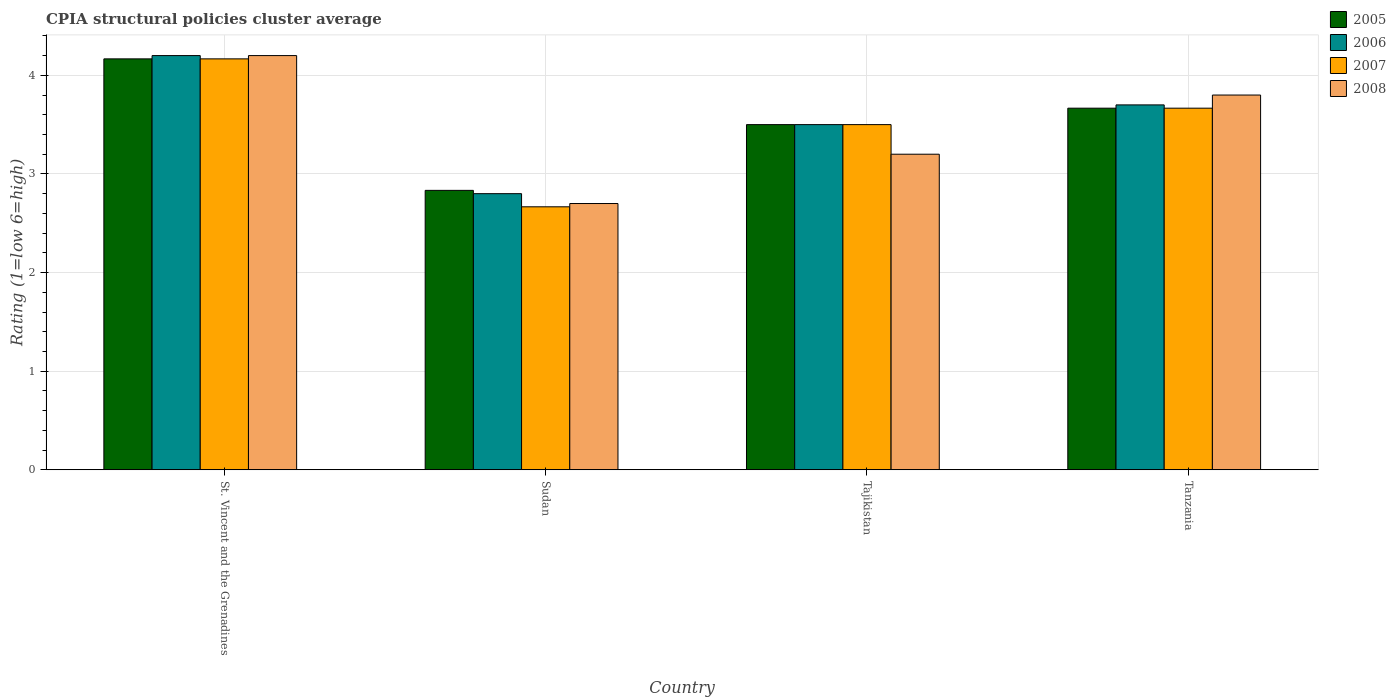
| Country | 2005 | 2006 | 2007 | 2008 |
 | --- | --- | --- | --- | --- |
 | St. Vincent and the Grenadines | 4.17 | 4.2 | 4.17 | 4.2 |
 | Sudan | 2.83 | 2.8 | 2.67 | 2.7 |
 | Tajikistan | 3.5 | 3.5 | 3.5 | 3.2 |
 | Tanzania | 3.67 | 3.7 | 3.67 | 3.8 |